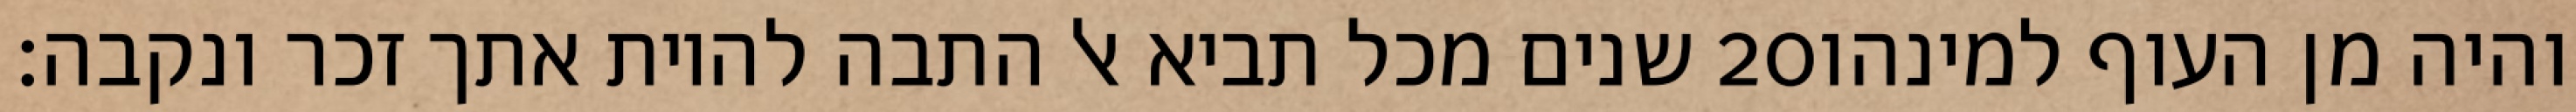
שנים מכל תביא אל התבה להיות אתך זכר ונקבה׃ ‎20‏ והיה מן העוף למינהו